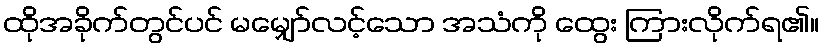
ထိုအခိုက်တွင်ပင် မမျှော်လင့်သော အသံကို ထွေး ကြားလိုက်ရ၏။